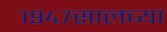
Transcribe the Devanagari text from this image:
१९४७सालच्या